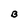
Character: B